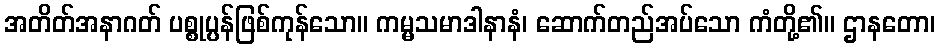
အတိတ်အနာဂတ် ပစ္စုပ္ပန်ဖြစ်ကုန်သော။ ကမ္မသမာဒါနာနံ၊ ဆောက်တည်အပ်သော ကံတို့၏။ ဌာနတော၊